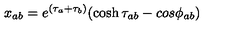
x _ { a b } = e ^ { ( \tau _ { a } + \tau _ { b } ) } ( \cosh \tau _ { a b } - c o s \phi _ { a b } )